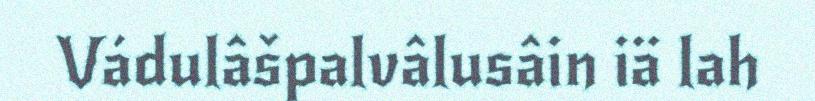
Vádulâšpalvâlusâin iä lah